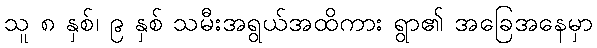
သူ ၈ နှစ်၊ ၉ နှစ် သမီးအရွယ်အထိကား ရွာ၏ အခြေအနေမှာ